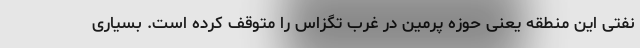
نفتی این منطقه یعنی حوزه پرمین در غرب تگزاس را متوقف کرده است. بسیاری